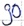
Text: 90